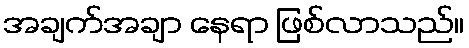
အချက်အချာ နေရာ ဖြစ်လာသည်။